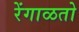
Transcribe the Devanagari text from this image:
रेंगाळतो